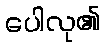
ပေါလု၏